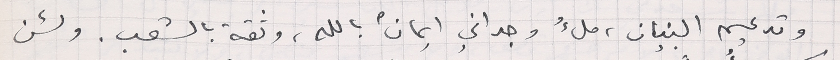
وتدعيم البنيان، ملءُ وجداني ايمانٌ بالله، وثقة بالشعب. ولئن